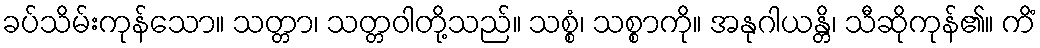
ခပ်သိမ်းကုန်သော။ သတ္တာ၊ သတ္တဝါတို့သည်။ သစ္စံ၊ သစ္စာကို။ အနုဂါယန္တိ၊ သီဆိုကုန်၏။ ကိံ